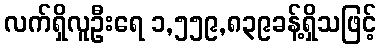
လက်ရှိလူဦးရေ ၁,၅၅၉,၈၃၉ခန့်ရှိသဖြင့်